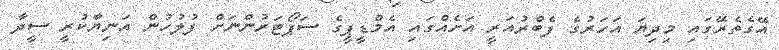
އޭގެތެރޭގައި މިދިޔަ އަހަރުގެ ފެބްރުއަރީ އަށެއްގައި އެމްޑީޕީގެ ސަޕޯޓަރުންނަށް ފުލުހުން އަނިޔާކުރީ ސީދާ